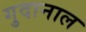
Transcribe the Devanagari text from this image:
गुदानाल